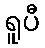
ရူပီ